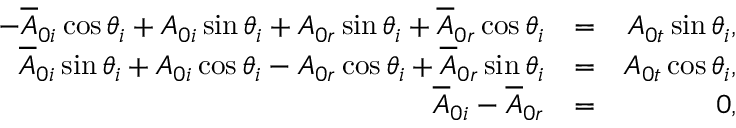
\begin{array} { r l r } { - \overline { { A } } _ { 0 i } \cos \theta _ { i } + A _ { 0 i } \sin \theta _ { i } + A _ { 0 r } \sin \theta _ { i } + \overline { { A } } _ { 0 r } \cos \theta _ { i } } & { = } & { A _ { 0 t } \sin \theta _ { i } , } \\ { \overline { { A } } _ { 0 i } \sin \theta _ { i } + A _ { 0 i } \cos \theta _ { i } - A _ { 0 r } \cos \theta _ { i } + \overline { { A } } _ { 0 r } \sin \theta _ { i } } & { = } & { A _ { 0 t } \cos \theta _ { i } , } \\ { \overline { { A } } _ { 0 i } - \overline { { A } } _ { 0 r } } & { = } & { 0 , } \end{array}